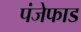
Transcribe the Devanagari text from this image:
पंजेफाड